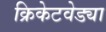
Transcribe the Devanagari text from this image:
क्रिकेटवेड्या